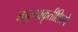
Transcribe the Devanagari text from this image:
मनुष्याकृतीशिल्पे